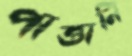
পাত্তানি